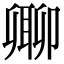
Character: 𠨥